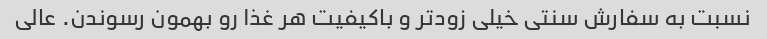
نسبت به سفارش سنتی خیلی زودتر و باکیفیت هر غذا رو بهمون رسوندن. عالی